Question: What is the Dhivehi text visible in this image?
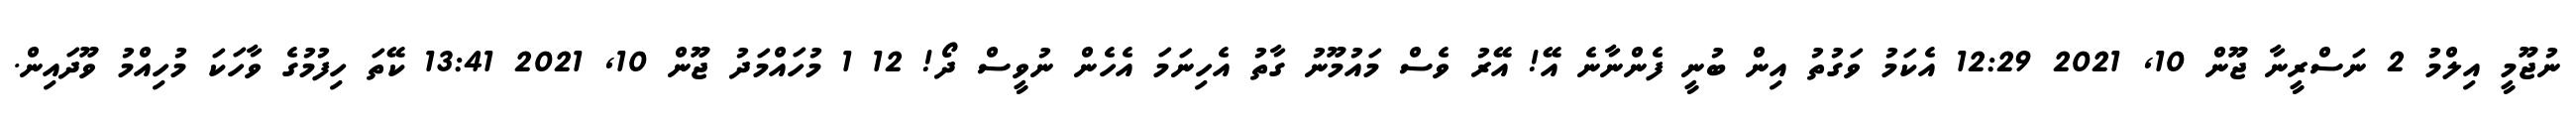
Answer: ނުޖޫމީ އިލްމު 2 ނަސްރީނާ ޖޫން 10, 2021 12:29 އެކަމު ވަގުތު އިން ބުނީ ފެންނާނެ އޭ! އޭރު ވެސް މައުމޫނު ގާތު އެހިނަމަ އެހެން ނުވީސް ދޯ! 12 1 މުހައްމަދު ޖޫން 10, 2021 13:41 ކޭތަ ހިފުމުގެ ވާހަކަ މުހިއްމު ވޫދައިން.